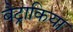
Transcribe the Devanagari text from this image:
बैट्राकिया